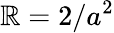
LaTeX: {\cal\mathbb{R}}=2/a^{2}